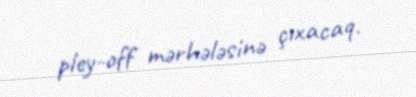
pley-off mərhələsinə çıxacaq.